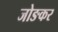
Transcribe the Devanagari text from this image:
जोङकर